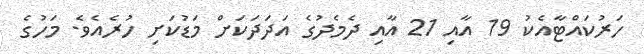
ހަރުކައްޓާއެކު 19 އާއި 21 އާއި ދެމެދުގެ އަދަދަކަށް މަޑުކަށި ހުރެއެވެ. މަހުގެ